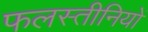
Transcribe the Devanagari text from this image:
फलस्तीनियों